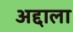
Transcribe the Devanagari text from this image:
अद्दाला